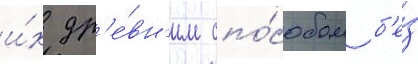
и́х др'е́вн'им спо́собом б'е́з